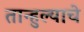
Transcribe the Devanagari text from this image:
तान्हुल्याचे